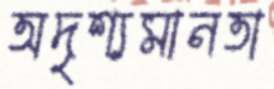
অদৃশ্যমানতা